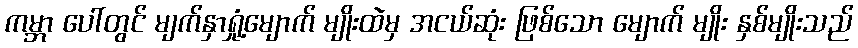
ကမ္ဘာ ပေါ်တွင် မျက်နှာရှုံ့မျောက် မျိုးထဲမှ အငယ်ဆုံး ဖြစ်သော မျောက် မျိုး နှစ်မျိုးသည်